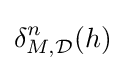
\delta _{M,{\mathcal {D}}}^{n}(h)